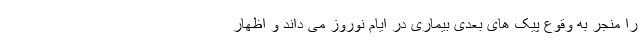
را منجر به وقوع پیک های بعدی بیماری در ایام نوروز می داند و اظهار